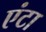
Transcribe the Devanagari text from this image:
एंटा